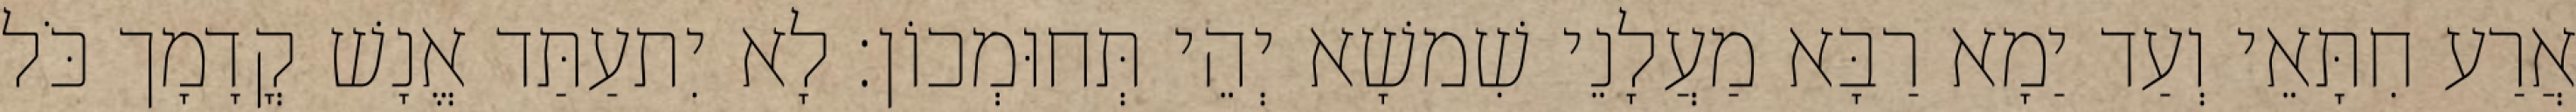
אֲרַע חִתָּאֵי וְעַד יַמָא רַבָּא מַעֲלָנֵי שִׁמשָׁא יְהֵי תְּחוּמְכוֹן׃ לָא יִתעַתַּד אֱנָשׁ קֳדָמָך כֹּל